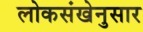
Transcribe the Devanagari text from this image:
लोकसंखेनुसार